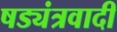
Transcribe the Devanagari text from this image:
षड्यंत्रवादी